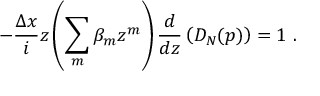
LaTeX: - { \frac { \Delta x } { i } } z \left( \sum _ { m } \beta _ { m } z ^ { m } \right) { \frac { d } { d z } } \left( D _ { N } ( p ) \right) = 1 \ .